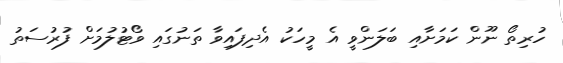
ހުރިތޯ ނޫން ކަމަށާއި ބަލަންވީ އެ މީހަކު އެދިފައިވާ ތަނުގައި ވޯޓުލުމަށް ފުރުސަތު